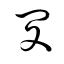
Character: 閔